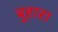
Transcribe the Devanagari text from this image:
बुहारा